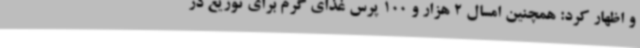
و اظهار کرد: همچنین امسال 2 هزار و 100 پرس غذای گرم برای توزیع در